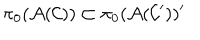
\pi _ { 0 } ( { \cal A } ( { \cal C } ) ) \subset \pi _ { 0 } ( { \cal A } ( { \cal C } ^ { \prime } ) ) ^ { \prime }